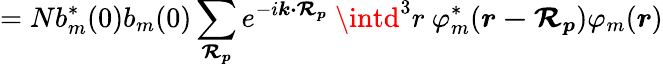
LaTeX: =Nb_{m}^{*}(0)b_{m}(0)\sum_{\boldsymbol{\mathcal{R}_{p}}}e^{-i{\boldsymbol{k\cdot\mathcal{R}_{p}}}}\ \intd^{3}r\ \varphi_{m}^{*}({\boldsymbol{r-\mathcal{R}_{p}}})\varphi_{m}({\boldsymbol{r}})